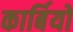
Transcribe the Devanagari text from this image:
कार्बियों